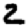
Digit: 2